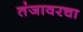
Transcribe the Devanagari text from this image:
तंजावरचा